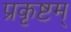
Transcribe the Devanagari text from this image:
प्रकृष्टम्